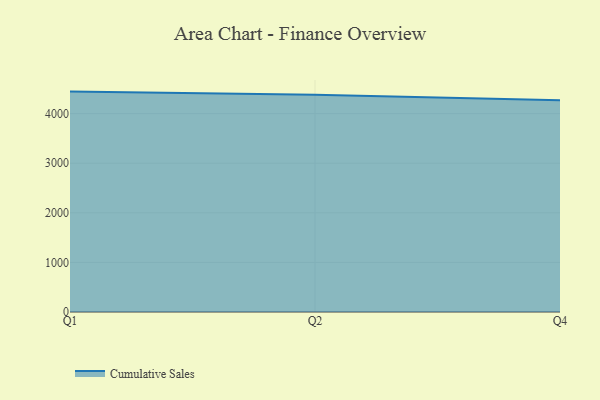
{"axis": {"x": "Quarter", "y": "Conversion Rate (%)"}, "legend": ["Cumulative Sales"], "data": [{"x": "Q1", "y": 4444.3, "type": "Cumulative Sales"}, {"x": "Q2", "y": 4379.6, "type": "Cumulative Sales"}, {"x": "Q4", "y": 4271.5, "type": "Cumulative Sales"}]}